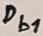
Text: Db1